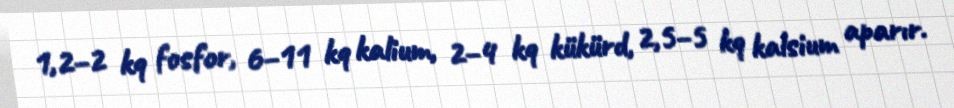
1,2–2 kq fosfor, 6–11 kq kalium, 2–4 kq kükürd, 2,5–5 kq kalsium aparır.